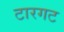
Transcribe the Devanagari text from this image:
टारगट